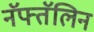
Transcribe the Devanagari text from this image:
नॅफ्तॅलिन